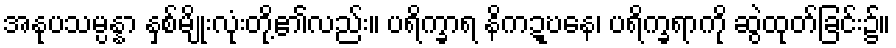
အနုပသမ္ပန္နာ နှစ်မျိုးလုံးတို့၏လည်း။ ပရိက္ခာရ နိကဍ္ဎနေ၊ ပရိက္ခရာကို ဆွဲထုတ်ခြင်း၌။